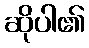
ဆိုပါ၏